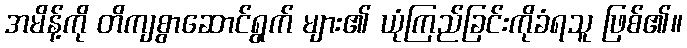
အမိန့်ကို တိကျစွာဆောင်ရွက် များ၏ ယုံကြည်ခြင်းကိုခံရသူ ဖြစ်၏။